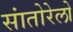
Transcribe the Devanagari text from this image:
सांतोरेलो